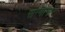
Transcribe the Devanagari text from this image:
सन्यागार